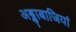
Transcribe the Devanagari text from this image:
अड्डाबाजियां